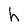
Character: h